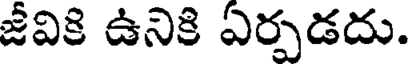
జీవికి ఉనికి ఏర్పడదు.